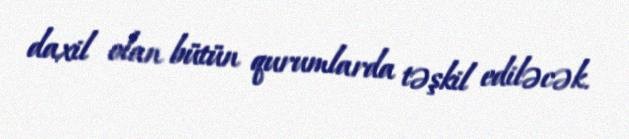
daxil olan bütün qurumlarda təşkil ediləcək.